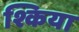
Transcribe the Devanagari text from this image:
श्किया